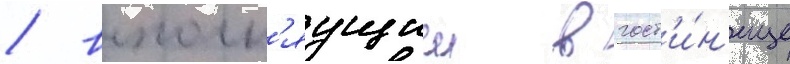
/ выполн'яущии в гост'и́н'ице